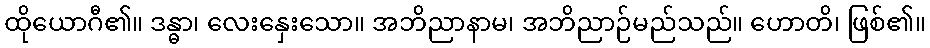
ထိုယောဂီ၏။ ဒန္ဓာ၊ လေးနှေးသော။ အဘိညာနာမ၊ အဘိညာဉ်မည်သည်။ ဟောတိ၊ ဖြစ်၏။